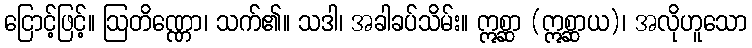
ငြောင့်ဖြင့်။ ဩတိဏ္ဏော၊ သက်၏။ သဒါ၊ အခါခပ်သိမ်း။ ဣစ္ဆာ (ဣစ္ဆာယ)၊ အလိုဟူသော